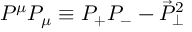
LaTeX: P ^ { \mu } P _ { \mu } \equiv P _ { + } P _ { - } - \vec { P } _ { \perp } ^ { 2 }